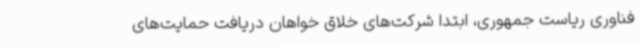
فناوری ریاست جمهوری، ابتدا شرکت‌های خلاق خواهان دریافت حمایت‌های